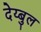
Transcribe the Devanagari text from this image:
देय्बुल